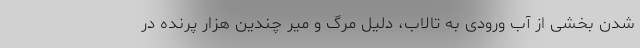
شدن بخشی از آب ورودی به تالاب، دلیل مرگ و میر چندین هزار پرنده در